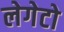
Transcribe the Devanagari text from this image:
लेगेटो